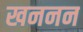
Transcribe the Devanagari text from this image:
खननन